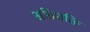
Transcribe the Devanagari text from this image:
अग्निशक्ति